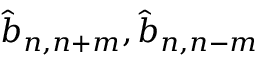
\hat { b } _ { n , n + m } , \hat { b } _ { n , n - m }